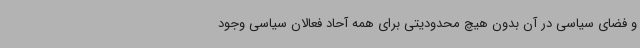
و فضای سیاسی در آن بدون هیچ محدودیتی برای همه آحاد فعالان سیاسی وجود